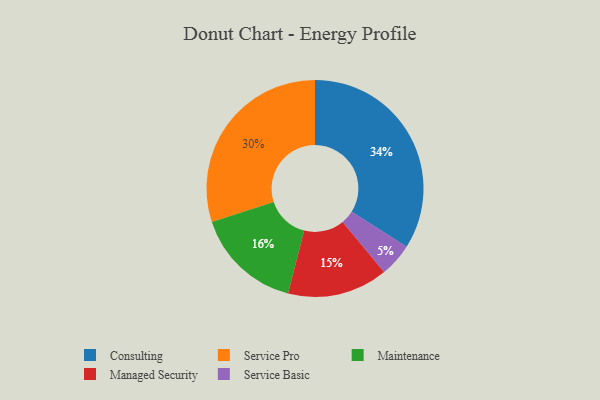
{"axis": {"x": "Category", "y": "Percentage"}, "legend": ["Consulting", "Maintenance", "Managed Security", "Service Basic", "Service Pro"], "data": [{"x": "Service Basic", "y": 5, "type": "Service Basic"}, {"x": "Service Pro", "y": 30, "type": "Service Pro"}, {"x": "Maintenance", "y": 16, "type": "Maintenance"}, {"x": "Managed Security", "y": 15, "type": "Managed Security"}, {"x": "Consulting", "y": 34, "type": "Consulting"}]}